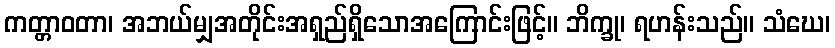
ကတ္တာဝတာ၊ အဘယ်မျှအတိုင်းအရှည်ရှိသောအကြောင်းဖြင့်။ ဘိက္ခု၊ ရဟန်းသည်။ သံဃေ၊